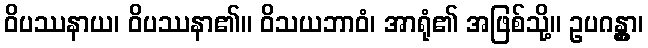
ဝိပဿနာယ၊ ဝိပဿနာ၏။ ဝိသယဘာဝံ၊ အာရုံ၏ အဖြစ်သို့။ ဥပဂန္တွာ၊